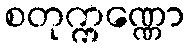
စတုက္ကဏ္ဏော